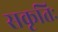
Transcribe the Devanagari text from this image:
सकृतिः